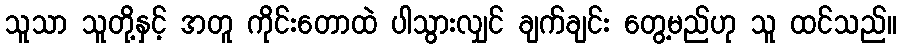
သူသာ သူတို့နှင့် အတူ ကိုင်းတောထဲ ပါသွားလျှင် ချက်ချင်း တွေ့မည်ဟု သူ ထင်သည်။